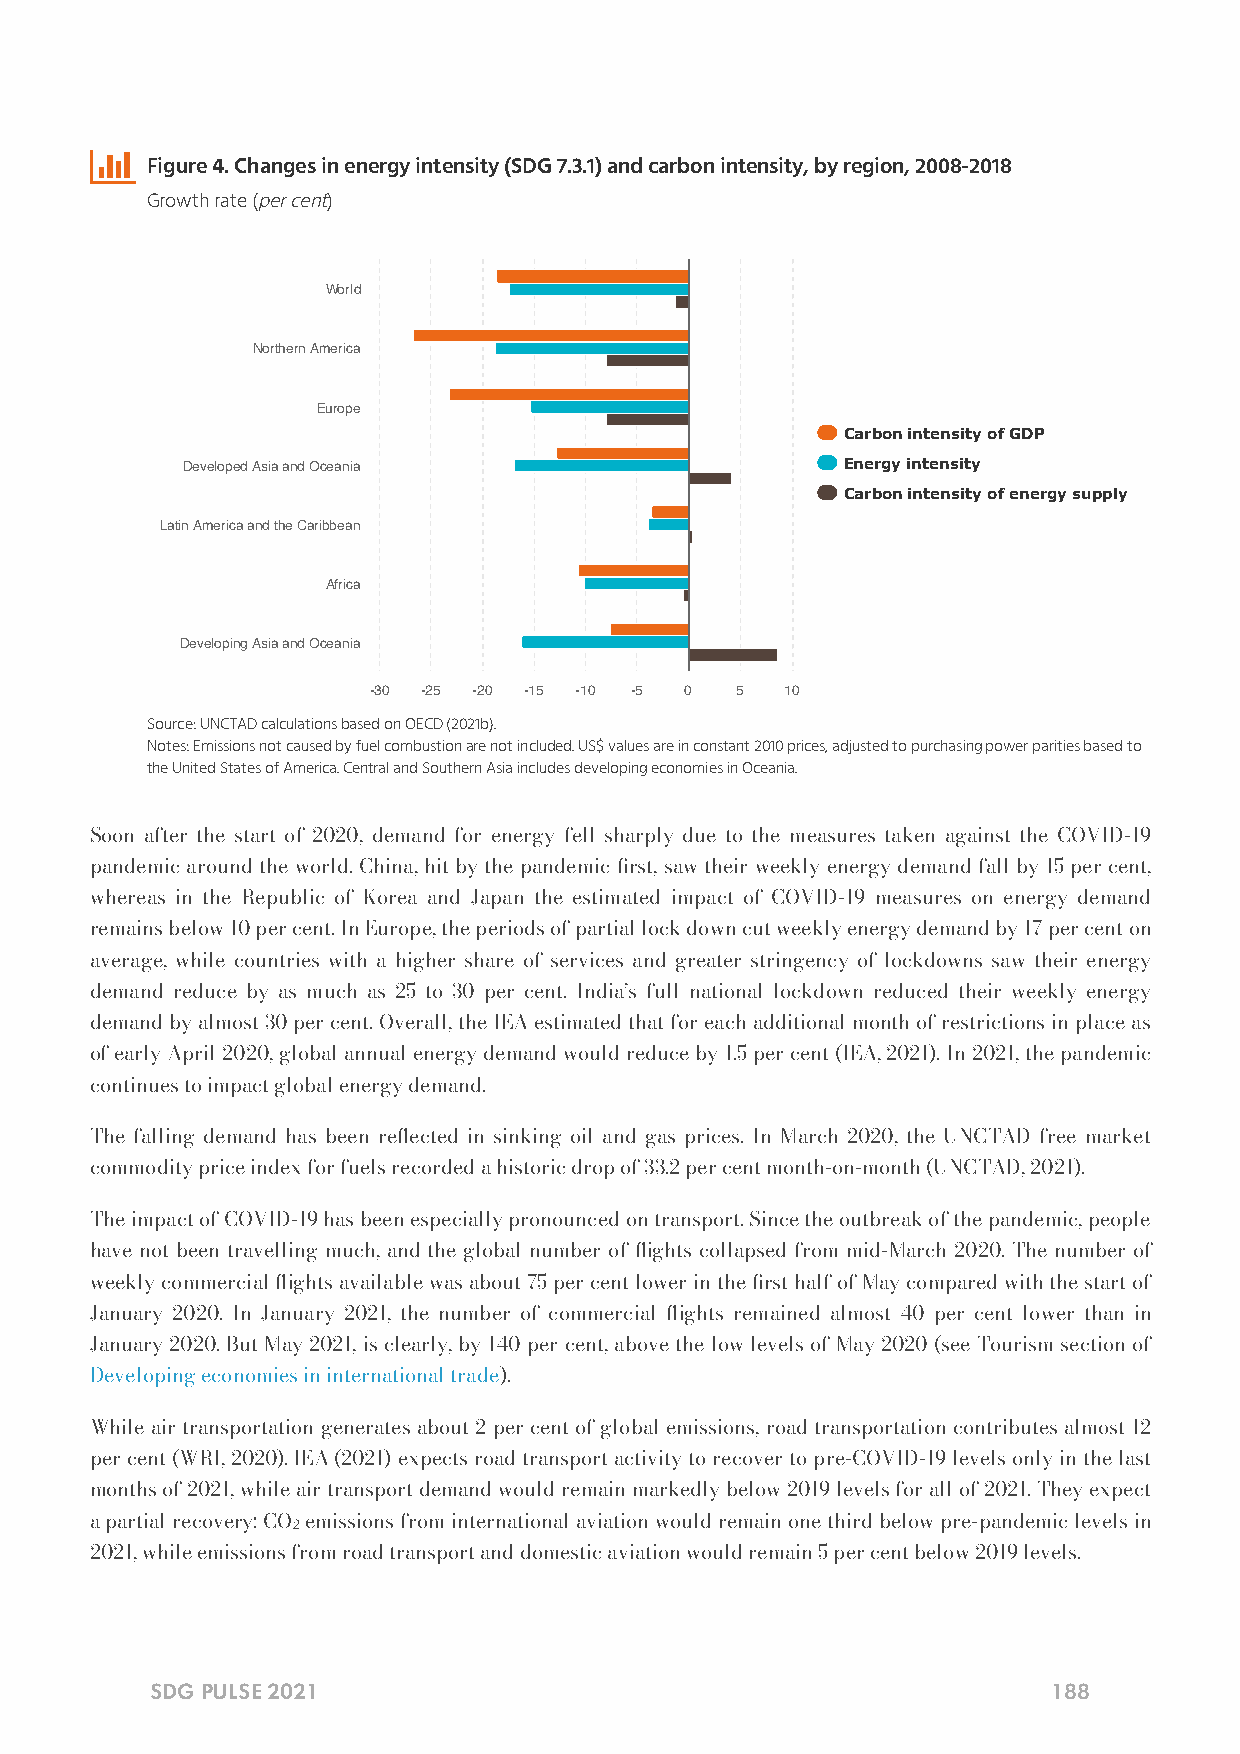

 Figure 4. Changes in energy intensity (SDG 7.3.1) and carbon intensity, by region, 2008-2018
 Growth rate (per cent)
 World
 Northern America
 Europe
 Carbon intensity of GDP
 Developed Asia and Oceania                  Energy intensity
 Carbon intensity of energy supply
 Latin America and the Caribbean
 Africa
 Developing Asia and Oceania
 -30 -25 -20 -15 -10 -5 0 5  10
 Source: UNCTAD calculations based on OECD (2021b).
 Notes: Emissions not caused by fuel combustion are not included. US$ values are in constant 2010 prices, adjusted to purchasing power parities based to
 the United States of America. Central and Southern Asia includes developing economies in Oceania.
 Soon after the start of 2020, demand for energy fell sharply due to the measures taken against the COVID-19
 pandemic around the world. China, hit by the pandemic rst, saw their weekly energy demand fall by 15 per cent,
 whereas in the Republic of Korea and Japan the estimated impact of COVID-19 measures on energy demand
 remains below 10 per cent. In Europe, the periods of partial lock down cut weekly energy demand by 17 per cent on
 average, while countries with a higher share of services and greater stringency of lockdowns saw their energy
 demand reduce by as much as 25 to 30 per cent. India’s full national lockdown reduced their weekly energy
 demand by almost 30 per cent. Overall, the IEA estimated that for each additional month of restrictions in place as
 of early April 2020, global annual energy demand would reduce by 1.5 per cent (IEA, 2021). In 2021, the pandemic
 continues to impact global energy demand.
 The falling demand has been reected in sinking oil and gas prices. In March 2020, the UNCTAD free market
 commodity price index for fuels recorded a historic drop of 33.2 per cent month-on-month (UNCTAD, 2021).
 The impact of COVID-19 has been especially pronounced on transport. Since the outbreak of the pandemic, people
 have not been travelling much, and the global number of ights collapsed from mid-March 2020. The number of
 weekly commercial ights available was about 75 per cent lower in the rst half of May compared with the start of
 January 2020. In January 2021, the number of commercial ights remained almost 40 per cent lower than in
 January 2020. But May 2021, is clearly, by 140 per cent, above the low levels of May 2020 (see Tourism section of
 Developing economies in international trade).
 While air transportation generates about 2 per cent of global emissions, road transportation contributes almost 12
 per cent (WRI, 2020). IEA (2021) expects road transport activity to recover to pre-COVID-19 levels only in the last
 months of 2021, while air transport demand would remain markedly below 2019 levels for all of 2021. They expect
 a partial recovery: CO2 emissions from international aviation would remain one third below pre-pandemic levels in
 2021, while emissions from road transport and domestic aviation would remain 5 per cent below 2019 levels.
 SDG PULSE 2021                                              188